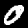
Label: 0